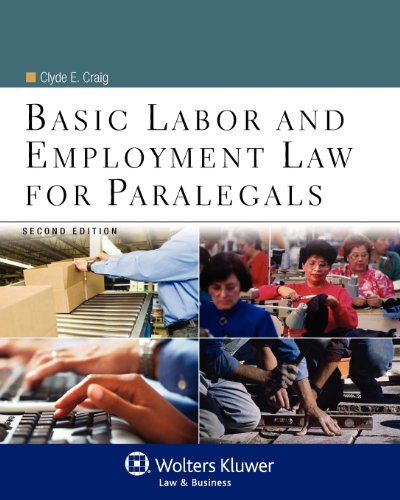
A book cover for Basic Labor & Employment Law for Paralegals, Second Edition (Aspen College); Clyde E. Craig; Law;